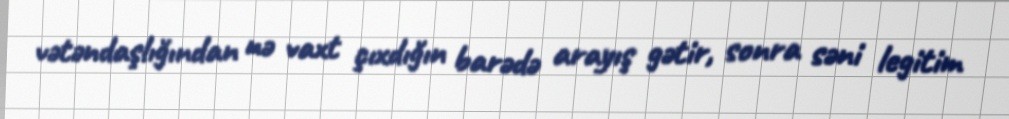
vətəndaşlığından nə vaxt çıxdığın barədə arayış gətir, sonra səni legitim